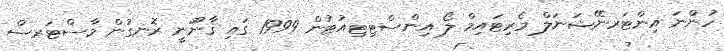
ހުންނަ އިންޓަރނޭޝަނަލް މެރިޓައިމް ލޯ އިންސްޓިޓިއުޓުން 1999 ގައި ޤާނޫނީ ރޮނގުން މާސްޓަރސް